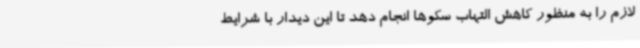
لازم را به منظور کاهش التهاب سکوها انجام دهد تا این دیدار با شرایط